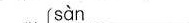
sàn___